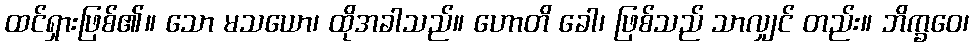
ထင်ရှားဖြစ်၏။ သော မသယော၊ ထိုအခါသည်။ ဟောတိ ခေါ၊ ဖြစ်သည် သာလျှင် တည်း။ ဘိက္ခဝေ၊